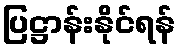
ပြဋ္ဌာန်းနိုင်ရန်